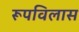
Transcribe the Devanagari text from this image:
रूपविलास